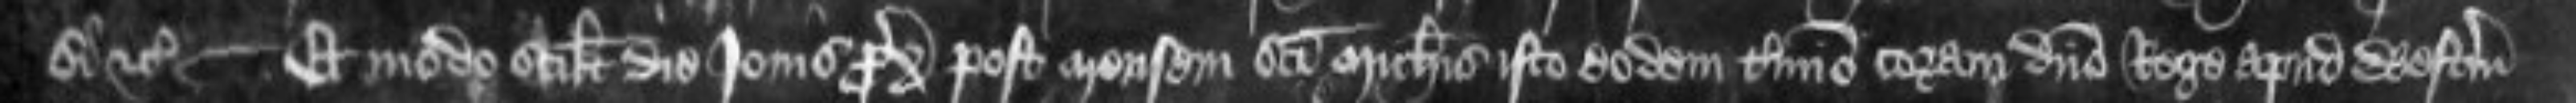
si etc Et modo scilicet die Jovis proximo post mensem sancti Michaelis isto eodem termino coram domino Rege apud Westmonasterium